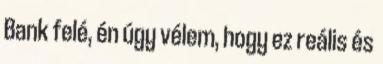
Bank felé, én úgy vélem, hogy ez reális és